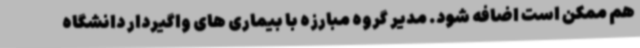
هم ممکن است اضافه شود. مدیر گروه مبارزه با بیماری های واگیردار دانشگاه